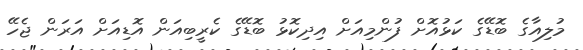
މުލިއާގެ ބޮޑޭގެ ކަޅުއޮށް ފުންމިއަށް އިދިކޮޅު ބޮޑޭގެ ކެރީބިއަން އޮޑިއަށް އަރަން ޖެހޭ